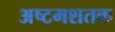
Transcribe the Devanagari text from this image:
अष्टमशतक